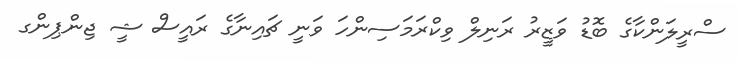
ސްރީލަންކާގެ ބޮޑު ވަޒީރު ރަނިލް ވިކްރަމަސިންހަ ވަނީ ޗައިނާގެ ރައީސް ޝީ ޖިންޕިންގ